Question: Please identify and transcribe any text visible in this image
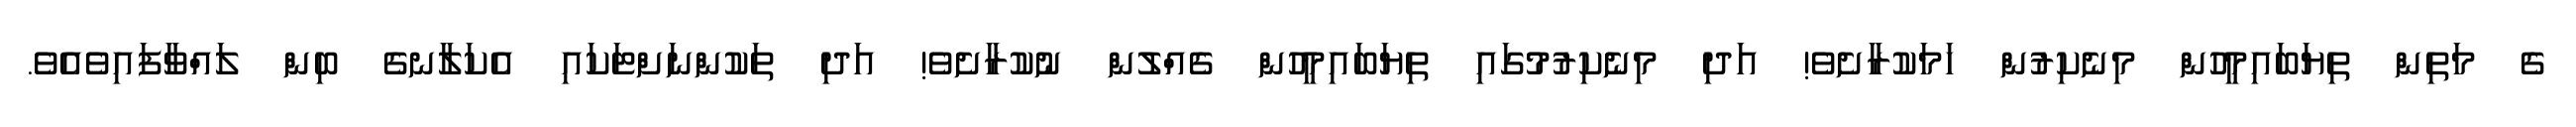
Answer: ގެ މަތިން ތިޔަބައިމީހުން މިނެކިރުން ހަމަކުރާށެވެ! އަދި މިނެކިރުމުގައި ތިޔަބައިމީހުން ގެއްލުން ނުކުރާށެވެ! އަދި ތަކުންނަށްޓަކައި އެކަލާނގެ ބިން ލައްވާފައިވެއެވެ.